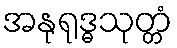
အနုရုဒ္ဓသုတ္တံ